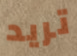
تريد